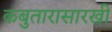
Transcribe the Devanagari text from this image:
कबुतारासारखी